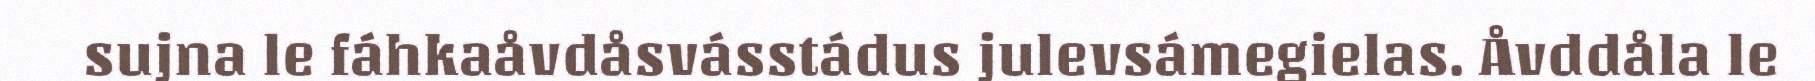
sujna le fáhkaåvdåsvásstádus julevsámegielas. Åvddåla le